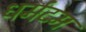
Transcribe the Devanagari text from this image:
धर्मटम